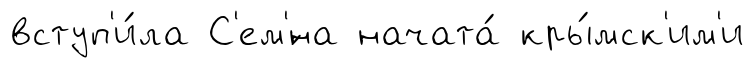
вступ'и́ла С'ем'́на начата́ кры́мск'им'и